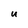
Character: u